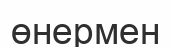
өнермен